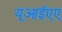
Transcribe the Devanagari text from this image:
यूआईएए